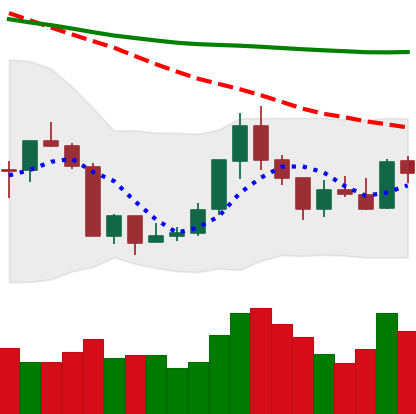
Ticker: ETH-USD
Chart end date: 2018-07-25
Forward return: -3.262%
Label: down_3_5